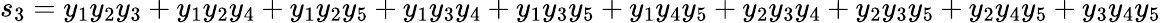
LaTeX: s_{3}=y_{1}y_{2}y_{3}+y_{1}y_{2}y_{4}+y_{1}y_{2}y_{5}+y_{1}y_{3}y_{4}+y_{1}y_{3}y_{5}+y_{1}y_{4}y_{5}+y_{2}y_{3}y_{4}+y_{2}y_{3}y_{5}+y_{2}y_{4}y_{5}+y_{3}y_{4}y_{5}